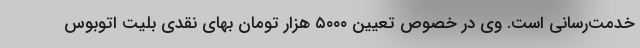
خدمت‌رسانی است. وی در خصوص تعیین ۵۰۰۰ هزار تومان بهای نقدی بلیت اتوبوس